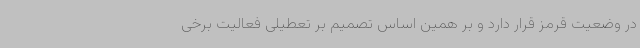
در وضعیت قرمز قرار دارد و بر همین اساس تصمیم بر تعطیلی فعالیت برخی